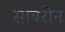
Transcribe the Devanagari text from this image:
साबरीन